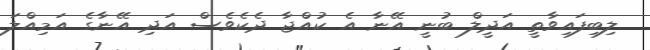
ލިބިފައިވާތީ އަދީލް ބުނީ އޭނާ އެ ކުއްޖާ ދެކެވެސް އަދި އޭނާގެ އަމިއްލަ